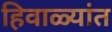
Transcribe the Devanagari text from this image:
हिवाळ्यांत